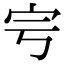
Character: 𡧈